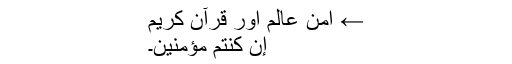
← امن عالم اور قرآن کریم
إِن كُنتُم مُّؤۡمِنِينَ۔